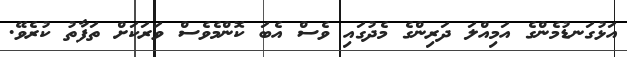
އަޅުގަނޑުމެންގެ އަމިއްލަ ދަރިންގެ މެދުގައި ވެސް އެބަ ކޮންމެވެސް ވަރަކަށް ތަފާތު ކުރެވޭ.